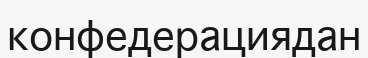
конфедерациядан